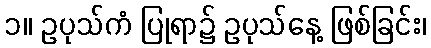
၁။ ဥပုသ်ကံ ပြုရာ၌ ဥပုသ်နေ့ ဖြစ်ခြင်း၊